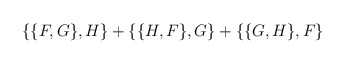
\begin{align*}\{ \{ F,G \} ,H \} +\{ \{ H,F \} ,G \} +\{ \{ G,H \} ,F \}\end{align*}